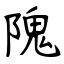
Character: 隗